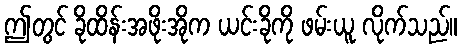
ဤတွင် ခိုထိန်းအဖိုးအိုက ယင်းခိုကို ဖမ်းယူ လိုက်သည်။